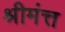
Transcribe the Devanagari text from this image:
श्रीमंत्त